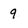
Character: 9